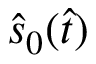
\hat { s } _ { 0 } ( \hat { t } )